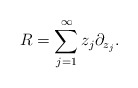
\begin{align*} R = \sum_{j=1}^\infty z_j \partial_{z_j}.\end{align*}